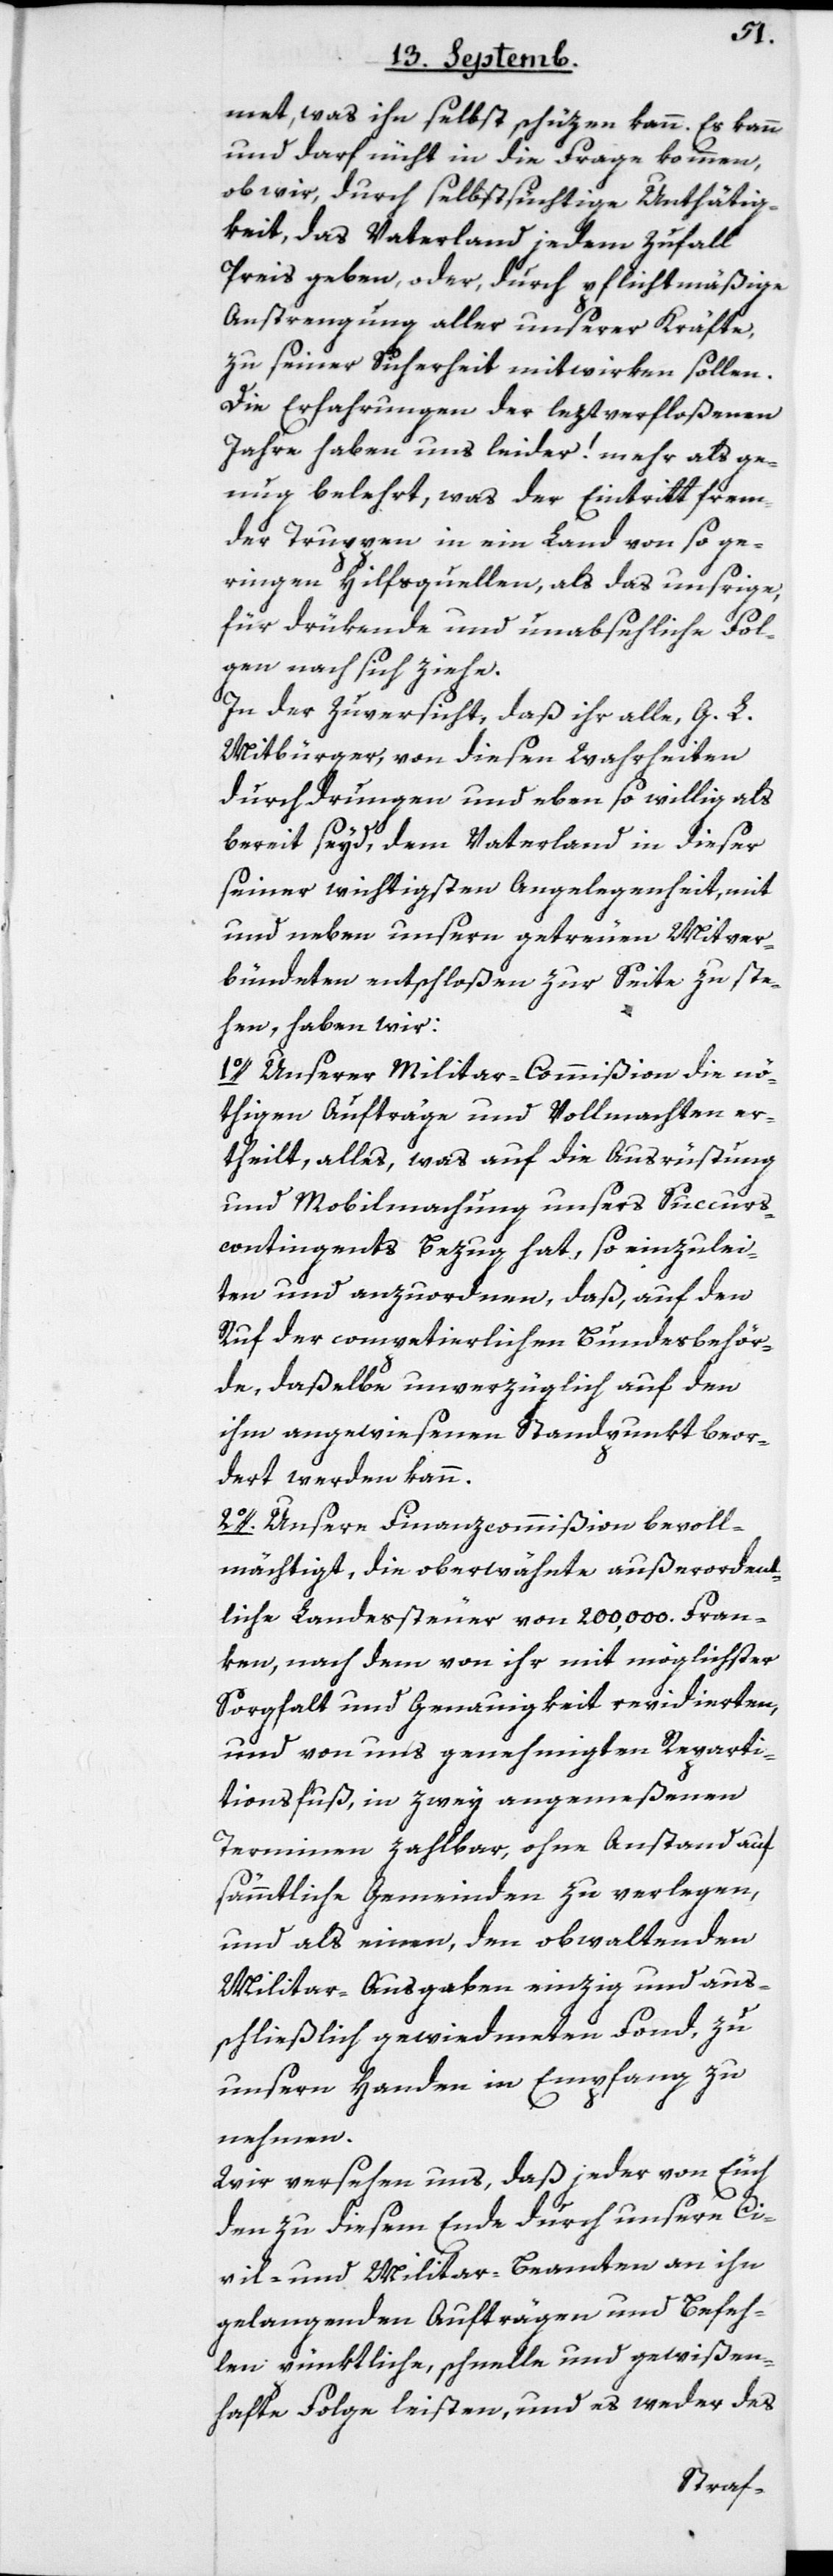
met, was ihn selbst schüzen kann. Es kann
und darf nicht in die Frage kommen,
ob wir, durch selbstsüchtige Unthätig¬
keit, das Vaterland jedem Zufall
Preis geben, oder durch pflichtmäßige
Anstrengung aller unserer Kräfte,
zu seiner Sicherheit mitwirken sollen.
Die Erfahrungen der leztverfloßenen
Jahre haben uns leider ! mehr als ge¬
nug belehrt, was der Eintritt frem¬
der Truppen in ein Land von so ge¬
ringen Hilfsquellen, als das unsrige,
für drükende und unabsehliche Fol¬
gen nach sich ziehe.
In der Zuversicht, daß ihr alle, G. L.
Mitbürger, von diesen Wahrheiten
durchdrungen und eben so willig als
bereit seyd, dem Vaterland in dieser
seiner wichtigsten Angelegenheit, mit
und neben unsern getreuen Mitver¬
bündeten entschloßen zur Seite zu ste¬
hen, haben wir:
1o. Unserer Militar-Commißion die nö¬
thigen Aufträge und Vollmachten er¬
theilt, alles, was auf die Ausrüstung
und Mobilmachung unsers Succurs¬
contingents Bezug hat, so einzulei¬
ten und anzuordnen, daß, auf den
Ruf der competierlichen Bundesbehör¬
de, daßelbe unverzüglich auf den
ihm angewiesenen Standpunkt beor¬
dert werden kann.
2o. Unsere Finanzcommißion bevoll¬
mächtigt, die oberwähnte außerordent¬
liche Landessteuer von 200,000. Fran¬
ken, nach dem von ihr mit möglichster
Sorgfalt und Genauigkeit revidierten,
und von uns genehmigten Reparti¬
tionsfuß, in zwey angemeßenen
Terminen zahlbar, ohne Anstand auf
sämmtliche Gemeinden zu verlegen,
und als einen, den obwaltenden
Militar-Ausgaben einzig und aus¬
schließlich gewidmeten Fonds, zu
unseren Handen in Empfang zu
nehmen.
Wir versehen uns, daß jeder von Euch
den zu diesem Ende durch unsern Ci¬
vil- und Militar-Beamten an ihn
gelangenden Aufträgen und Befeh¬
len pünktliche, schnelle und gewißen¬
hafte Folge leisten, und es weder des